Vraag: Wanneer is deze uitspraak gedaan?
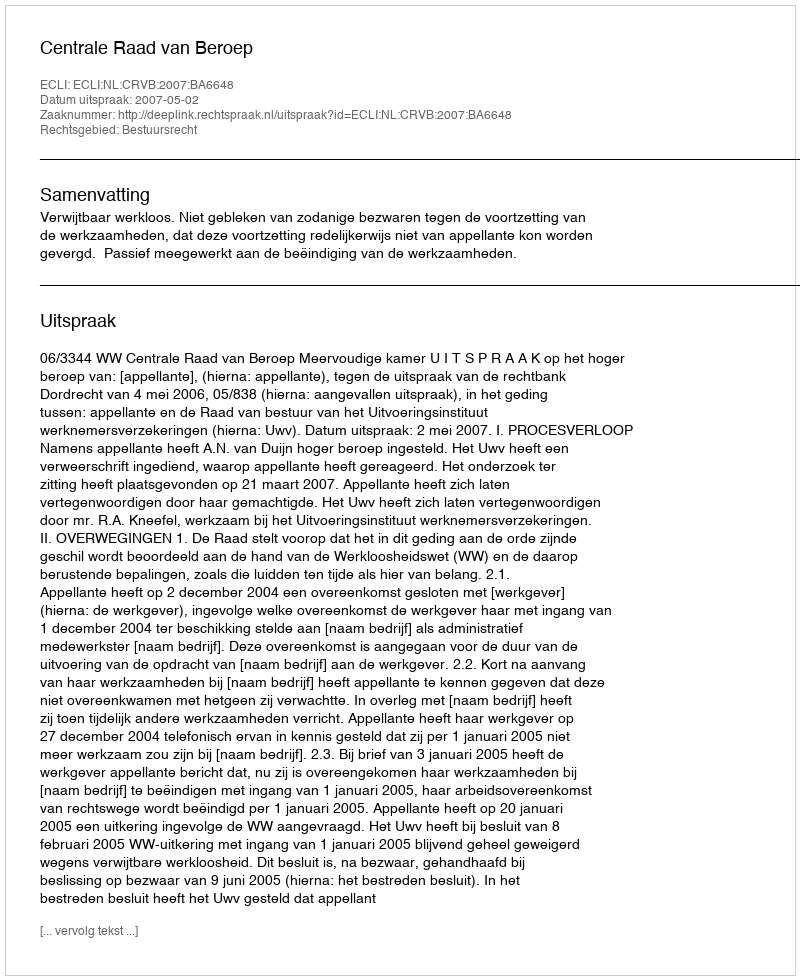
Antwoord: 2007-05-02